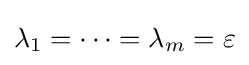
\lambda _{1}=\dots =\lambda _{m}=\varepsilon